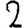
Digit: 2